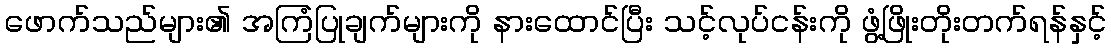
ဖောက်သည်များ၏ အကြံပြုချက်များကို နားထောင်ပြီး သင့်လုပ်ငန်းကို ဖွံ့ဖြိုးတိုးတက်ရန်နှင့်